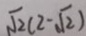
\sqrt { 2 } ( 2 - \sqrt { 2 } )